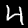
Label: 4